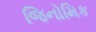
જિનોમિક